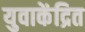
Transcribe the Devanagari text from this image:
युवाकेंद्रित